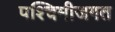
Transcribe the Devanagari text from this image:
पश्चिमीजगत